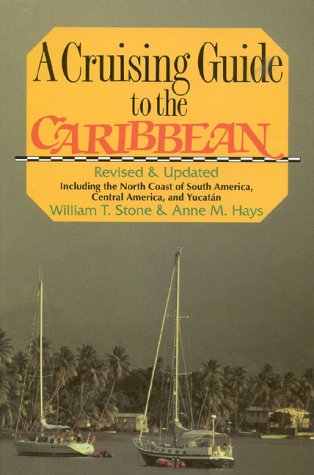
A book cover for Cruising Guide to the Caribbean; William T. Stone; Travel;